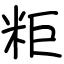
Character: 粔